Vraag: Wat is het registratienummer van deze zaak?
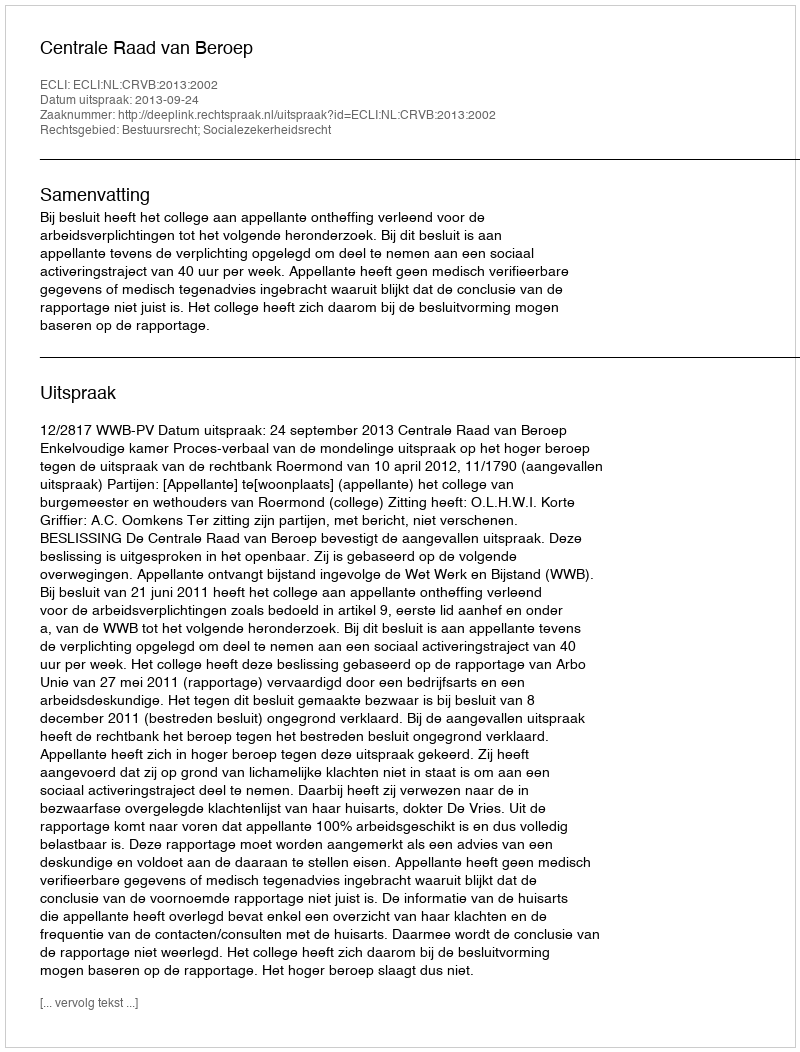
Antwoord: http://deeplink.rechtspraak.nl/uitspraak?id=ECLI:NL:CRVB:2013:2002